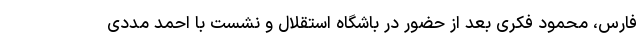
فارس، محمود فکری بعد از حضور در باشگاه استقلال و نشست با احمد مددی